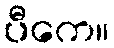
ပီကေ။